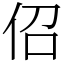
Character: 佋